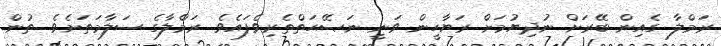
ރަމްލާ ގެއިން ބޭރަށް ނުދިޔުމަށް ރަޔާހީން ވަނީ ނަޞޭޙަތްތެރިވެފައެވެ. ރަމްލާގެ ސަލާމަތަށެވެ. ތުން